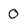
Character: 0